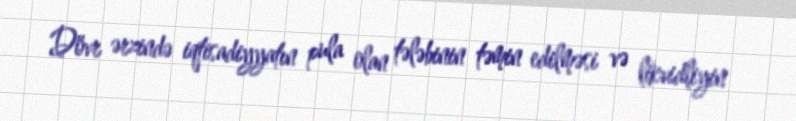
Dövr ərzində iqtisadiyyatın pula olan tələbinin təmin edilməsi və likvidliyin